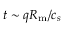
t \sim q R _ { \mathrm { m } } / c _ { s }